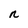
Character: n